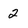
Character: 2